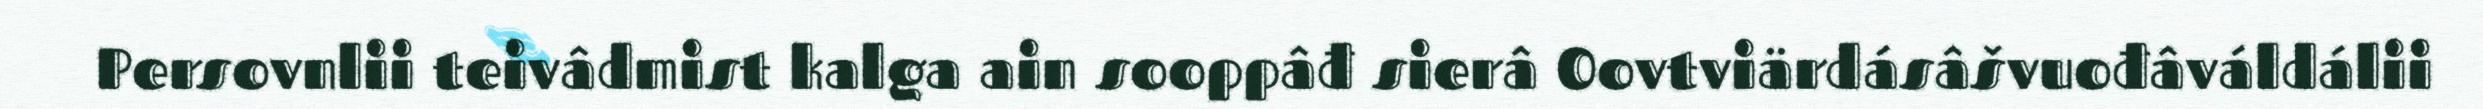
Persovnlii teivâdmist kalga ain sooppâđ sierâ Oovtviärdásâšvuođâváldálii